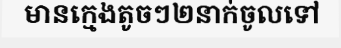
មានក្មេងតូចៗ២នាក់ចូលទៅ